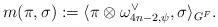
LaTeX: \begin{align*}m(\pi,\sigma):=\langle \pi\otimes \omega_{4n-2, \psi}^\vee, \sigma \rangle_{G^F}.\end{align*}